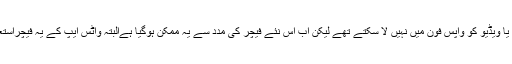
رپورٹ کے مطابق پہلے صارفین ڈیلیٹ کی گئی تصاویر یا ویڈیو کو واپس فون میں نہیں لا سکتے تھے لیکن اب اس نئے فیچر کی مدد سے یہ ممکن ہوگیا ہےالبتہ واٹس ایپ کے یہ فیچراستعمال کرنے کیلئے آپ کو ایپ اپ ڈیٹ کرنا ضروری ہے۔